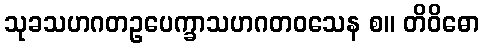
သုခသဟဂတဥပေက္ခာသဟဂတဝသေန စ။ တိဝိဓော